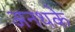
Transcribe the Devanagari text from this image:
अनथके